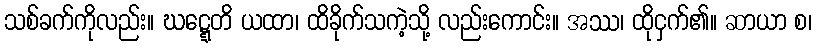
သစ်ခက်ကိုလည်း။ ဃဋ္ဋေတိ ယထာ၊ ထိခိုက်သကဲ့သို့ လည်းကောင်း။ အဿ၊ ထိုငှက်၏။ ဆာယာ စ၊